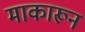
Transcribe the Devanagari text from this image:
माकारून